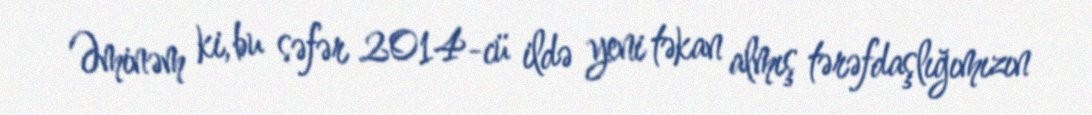
Əminəm ki, bu səfər 2014-cü ildə yeni təkan almış tərəfdaşlığımızın